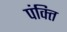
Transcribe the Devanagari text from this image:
पंक्‍ति